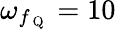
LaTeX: \omega_{f_{\mathrm{~Q~}}}=10